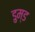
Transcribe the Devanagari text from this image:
डुम्ड